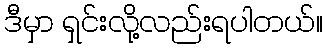
ဒီမှာ ရှင်းလို့လည်းရပါတယ်။